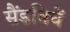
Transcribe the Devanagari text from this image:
सैंडविचें